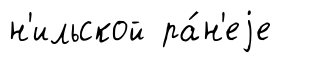
н'ильской ра́н'еjе